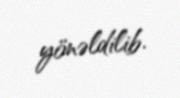
yönəldilib.